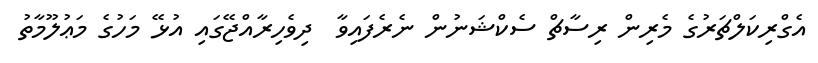
އެގްރިކަލްޗަރުގެ މެރިން ރިސާޗް ސެކްޝަނުން ނެރެފައިވާ  ދިވެހިރާއްޖޭގައި އުޅޭ މަހުގެ މަޢުލޫމާތު